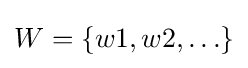
W=\{w1,w2,\ldots \}